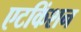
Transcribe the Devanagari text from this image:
एटकिंशन